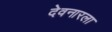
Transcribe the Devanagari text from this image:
देवनारला